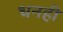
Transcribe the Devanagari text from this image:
धनही